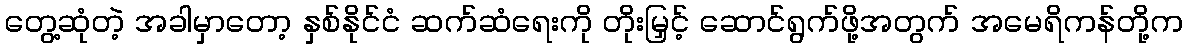
တွေ့ဆုံတဲ့ အခါမှာတော့ နှစ်နိုင်ငံ ဆက်ဆံရေးကို တိုးမြှင့် ဆောင်ရွက်ဖို့အတွက် အမေရိကန်တို့က